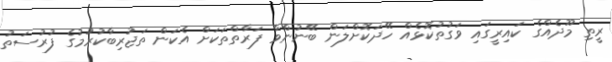
ރީތި މޫދެއްގެ ކައިރީގައި ވަގުތުކޮޅެއް ހޭދަކޮށްލަން ބޭނުންވާ ފަރާތްތަކަށް އެކަން ތަޖުރިބާކުރުމުގެ ފުރުސަތު